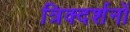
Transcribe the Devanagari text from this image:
त्रिक्दर्शनों